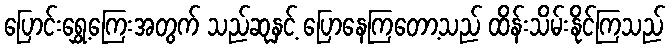
ပြောင်းရွှေ့ကြေးအတွက် သည်ဆုနှင့် ပြောနေကြတော့သည် ထိန်းသိမ်းနိုင်ကြသည်